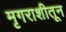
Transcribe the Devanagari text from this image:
मृगराशीतून